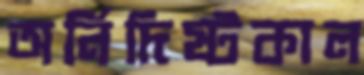
অর্নিদিষ্টকাল